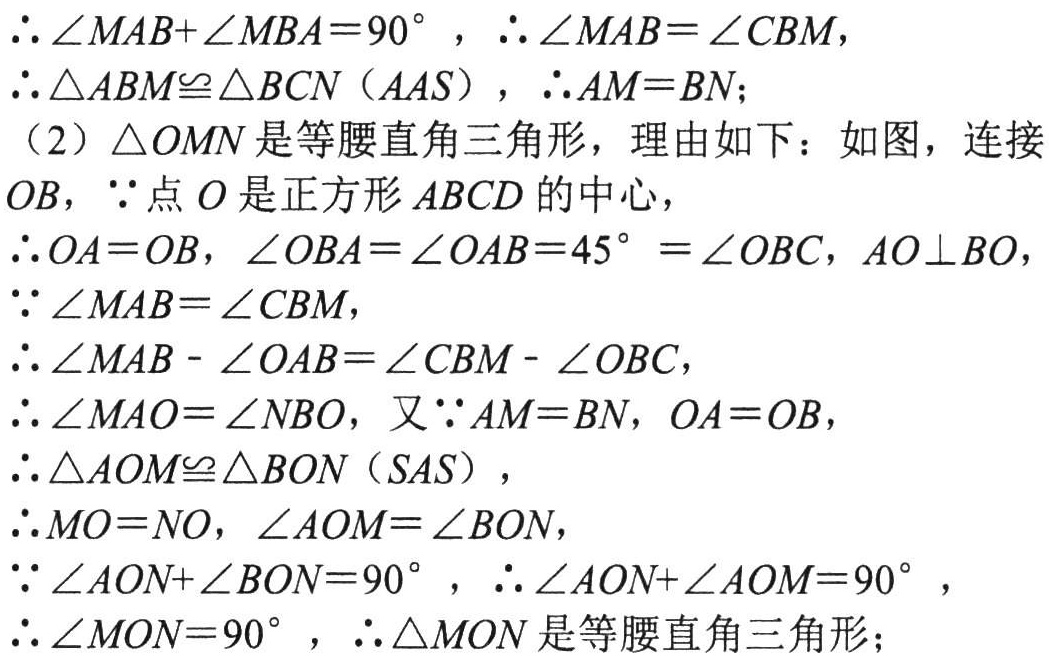
\(\therefore \angle MAB + \angle MBA = 90^{\circ}, \therefore \angle MAB = \angle CBM,\)

\(\therefore \triangle ABM\cong\triangle BCN(AAS), \therefore AM = BN;\)

(2) \(\triangle  OMN\)是等腰直角三角形，理由如下：如图，连接

\(OB,\because\)点\(O\)是正方形\(ABCD\)的中心，

\(\therefore OA = OB,\angle OBA=\angle OAB = 45^{\circ}=\angle OBC,AO\perp BO,\)

\(\because \angle MAB=\angle CBM,\)

\(\therefore \angle MAB - \angle OAB=\angle CBM - \angle OBC,\)

\(\therefore \angle MAO=\angle NBO,\)又\(\because AM = BN,OA = OB,\)

\(\therefore \triangle AOM\cong\triangle BON(SAS),\)

\(\therefore MO = NO,\angle AOM=\angle BON,\)

\(\because \angle AON+\angle BON = 90^{\circ}, \therefore \angle AON+\angle AOM = 90^{\circ},\)

\(\therefore \angle MON = 90^{\circ}, \therefore \triangle  MON\)是等腰直角三角形；